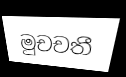
මුචචතී